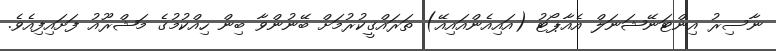
ނާސިރު އިންޓަނޭޝަނަލް އެއާޕޯޓު (އައިއެންއައިއޭ) ތަރައްގީކުރުމަށް ބޭނުންވާ ބިން ހިއްކުމުގެ މަޝްރޫއު ފަށައިފިއެވެ.